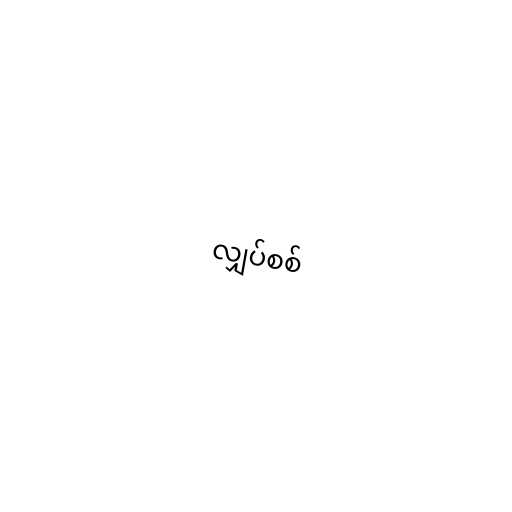
လျှပ်စစ်